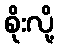
စိုးလို့